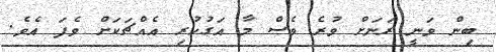
ބިން ވަނީ ރަނަށް ވުރެ ވެސް މާ އަގުހުރި އެއްޗަކަށް ވެފަ އެވެ.